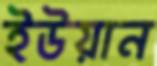
ইউয়ান